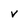
Character: v